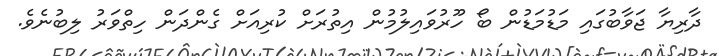
ދާރިޔާ ޖަވާބުގައި މަޑުމަޑުން ބޯ ހޫރުވައިލުމުން އިތުރަށް ކުރިއަށް ގެންދަން ހިތްވަރު ލިބުނެވެ.